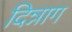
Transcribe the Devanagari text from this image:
दिन्नाग